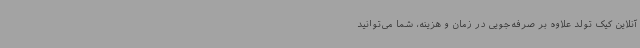
آنلاین کیک تولد علاوه بر صرفه‌جویی در زمان و هزینه، شما می‌توانید